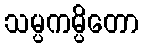
သမ္ပကမ္ပိတော